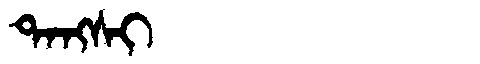
Manchu: ᡨᠠᠩᠰᡳ
Romanization: TANGSI